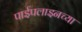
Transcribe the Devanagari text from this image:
पाईपलाइनच्या